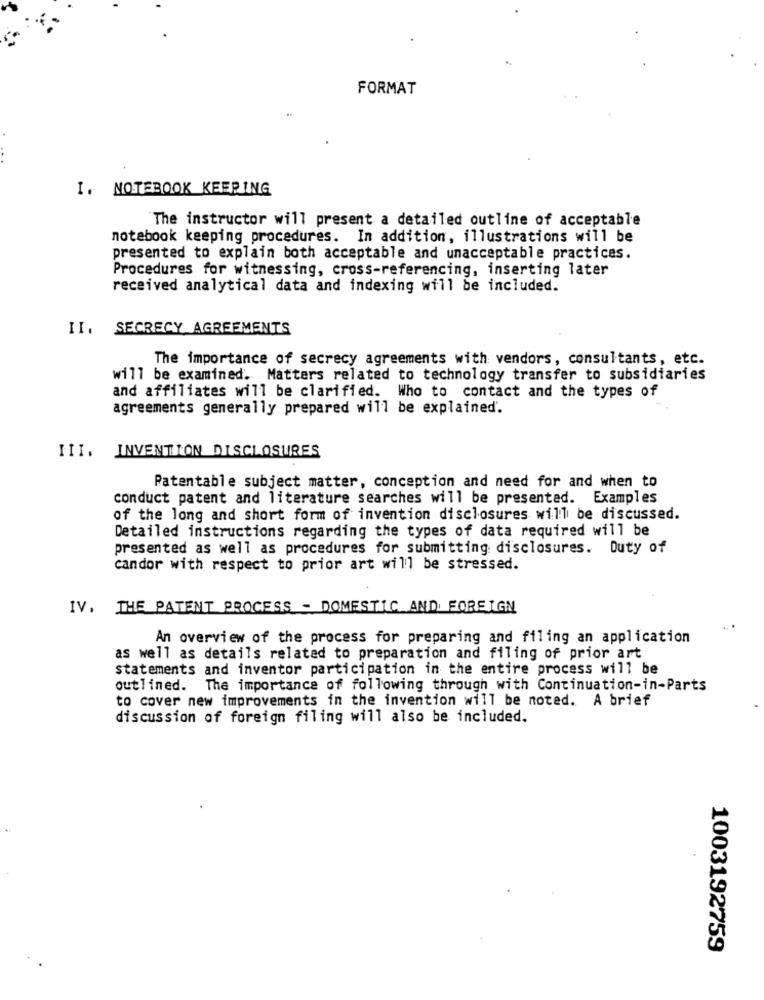
FORMAT
I. NOTEBOOK KEEPING
The instructor will present a detailed outline of acceptable
notebook keeping procedures. In addition, illustrations will be
presented to explain both acceptable and unacceptable practices.
Procedures for witnessing, cross-referencing, inserting later
received analytical data and indexing will be included.
II. SECRECY AGREEMENTS
The importance of secrecy agreements with vendors, consultants, etc.
will be examined. Matters related to technology transfer to subsidiaries
and affiliates will be clarified. Who to contact and the types of
agreements generally prepared will be explained".
III. INVENTION DISCLOSURES
Patentable subject matter, conception and need for and when to
conduct patent and literature searches will be presented. Examples
of the long and short form of invention disclosures will be discussed.
Detailed instructions regarding the types of data required will be
presented as well as procedures for submitting disclosures. Duty of
candor with respect to prior art will be stressed.
IV. THE PATENT PROCESS - DOMESTIC AND FOREIGN
An overview of the process for preparing and filing an application
as well as details related to preparation and filing of prior art
statements and inventor participation in the entire process will be
outlined. The importance of following through with Continuation-in-Parts
to cover new improvements in the invention will be noted. A brief
discussion of foreign filing will also be included.
1003192759